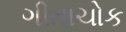
ગીતાચોક